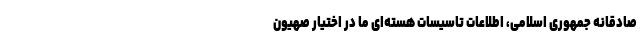
صادقانه جمهوری اسلامی، اطلاعات تاسیسات هسته‌ای ما در اختیار صهیون